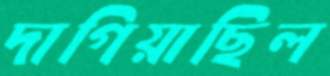
দাগিয়াছিল